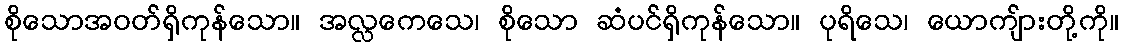
စိုသောအဝတ်ရှိကုန်သော။ အလ္လကေသေ၊ စိုသော ဆံပင်ရှိကုန်သော။ ပုရိသေ၊ ယောကျ်ားတို့ကို။